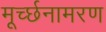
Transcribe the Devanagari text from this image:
मूर्च्छनामरण